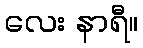
လေး နာရီ။